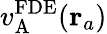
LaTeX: v_{\mathrm{A}}^{\mathrm{FDE}}(\mathbf{r}_{a})